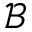
\mathcal { B }